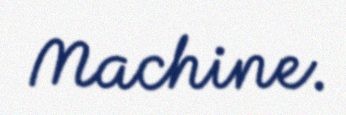
Machine.